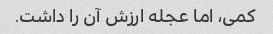
کمی، اما عجله ارزش آن را داشت.